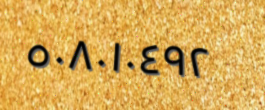
٥٠٨٠١٠٤٩٢